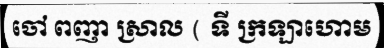
ចៅ ពញា ស្រាល ( ទី ក្រឡាហោម